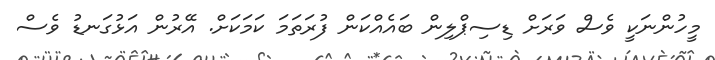
މީހުންނަކީ ވެސް ވަރަށް ޑިސިޕްލިން ބައެއްކަން ފުރަތަމަ ކަމަކަށް. އޭރުން އަޅުގަނޑު ވެސް